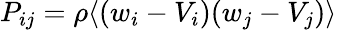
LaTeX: P_{ij}=\rho\langle(w_{i}-V_{i})(w_{j}-V_{j})\rangle